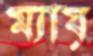
ম্যায়